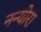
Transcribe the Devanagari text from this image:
नन्योरा